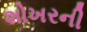
શોખરની